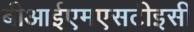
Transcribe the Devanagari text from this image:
बीआईएमएसटीइसी